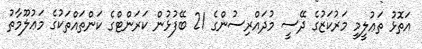
އަތޮޅު ތަޢުލީމީ މަރުކަޒުގެ ދޭސީ މުދައްރިސުންގެ 21 ބޭފުޅުން ކަރަންޓްގެ ކަންތައްތަކުގެ މަޢުލޫމާތު